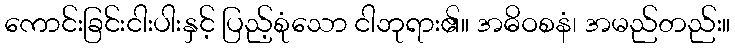
ကောင်းခြင်းငါးပါးနှင့် ပြည့်စုံသော ငါဘုရား၏။ အဓိဝစနံ၊ အမည်တည်း။